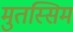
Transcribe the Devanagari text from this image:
मुतस्सिम